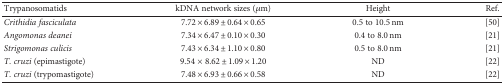
<table><thead><tr><td><b>Trypanosomatids</b></td><td><b>kDNA network sizes (<i>μ</i>m)</b></td><td><b>Height</b></td><td><b>Ref.</b></td></tr></thead><tbody><tr><td><i>Crithidia fasciculata</i></td><td>7.72 × 6.89 ± 0.64 × 0.65</td><td>0.5 to 10.5 nm</td><td>[50]</td></tr><tr><td><i>Angomonas deanei</i></td><td>7.34 × 6.47 ± 0.10 × 0.30</td><td>0.4 to 8.0 nm</td><td>[21]</td></tr><tr><td><i>Strigomonas culicis</i></td><td>7.43 × 6.34 ± 1.10 × 0.80</td><td>0.5 to 8.0 nm</td><td>[21]</td></tr><tr><td><i>T. cruzi</i> (epimastigote)</td><td>9.54 × 8.62 ± 1.09 × 1.20</td><td>ND</td><td>[22]</td></tr><tr><td><i>T. cruzi</i> (trypomastigote)</td><td>7.48 × 6.93 ± 0.66 × 0.58</td><td>ND</td><td>[22]</td></tr></tbody></table>